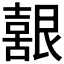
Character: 𮎚